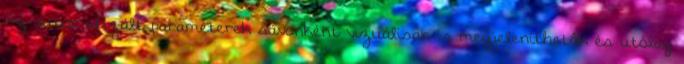
Az automatizált paraméterek sávonként vizuálisan is megjeleníthetôk és utólag